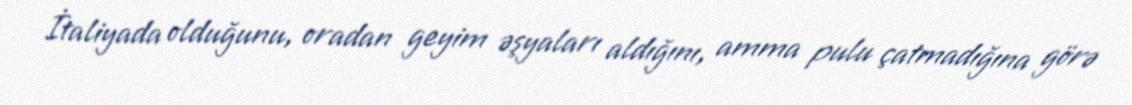
İtaliyada olduğunu, oradan geyim əşyaları aldığını, amma pulu çatmadığına görə